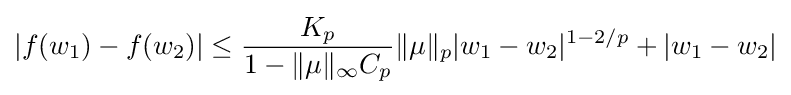
\displaystyle |f(w_{1})-f(w_{2})|\leq {K_{p} \over 1-\|\mu \|_{\infty }C_{p}}\|\mu \|_{p}|w_{1}-w_{2}|^{1-2/p}+|w_{1}-w_{2}|